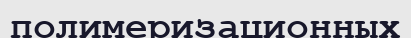
полимеризационных